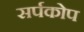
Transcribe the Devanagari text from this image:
सर्पकोप